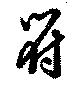
符